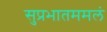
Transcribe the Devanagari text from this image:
सुप्रभातममलं